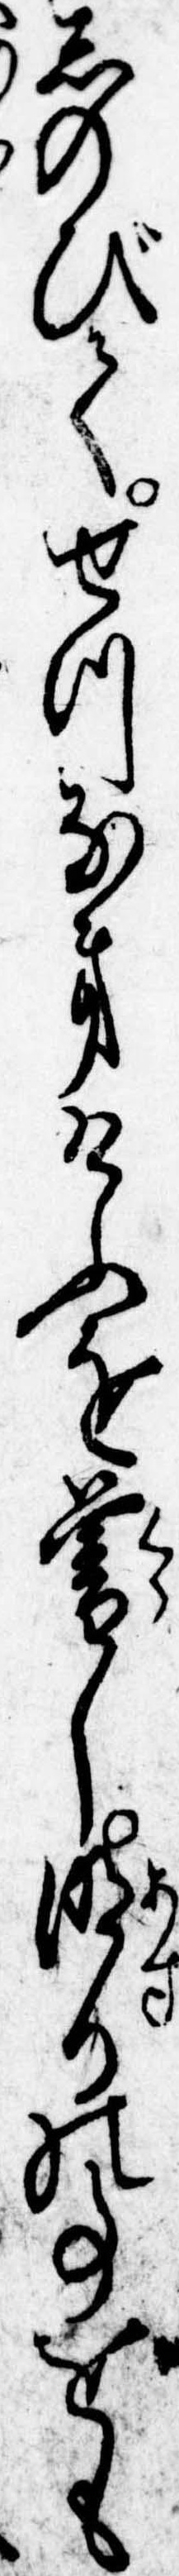
しのびてせつなきけふを暮し明日の事をも